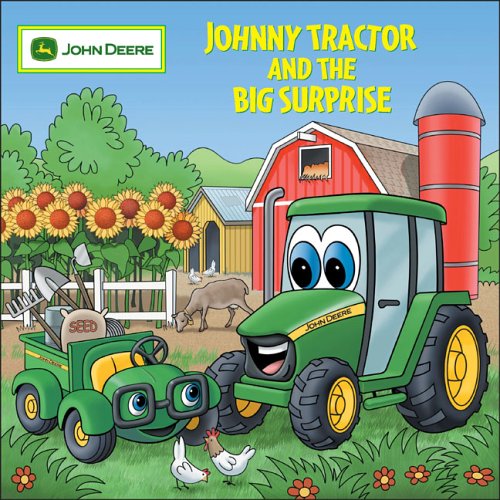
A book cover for Johnny Tractor And Big Surprise (John Deere); Judy Katschke; Engineering & Transportation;